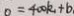
0 = 4 0 0 k + b